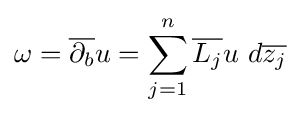
\omega ={\overline {\partial _{b}}}u=\sum _{j=1}^{n}{\overline {L_{j}}}u\ d{\overline {z_{j}}}